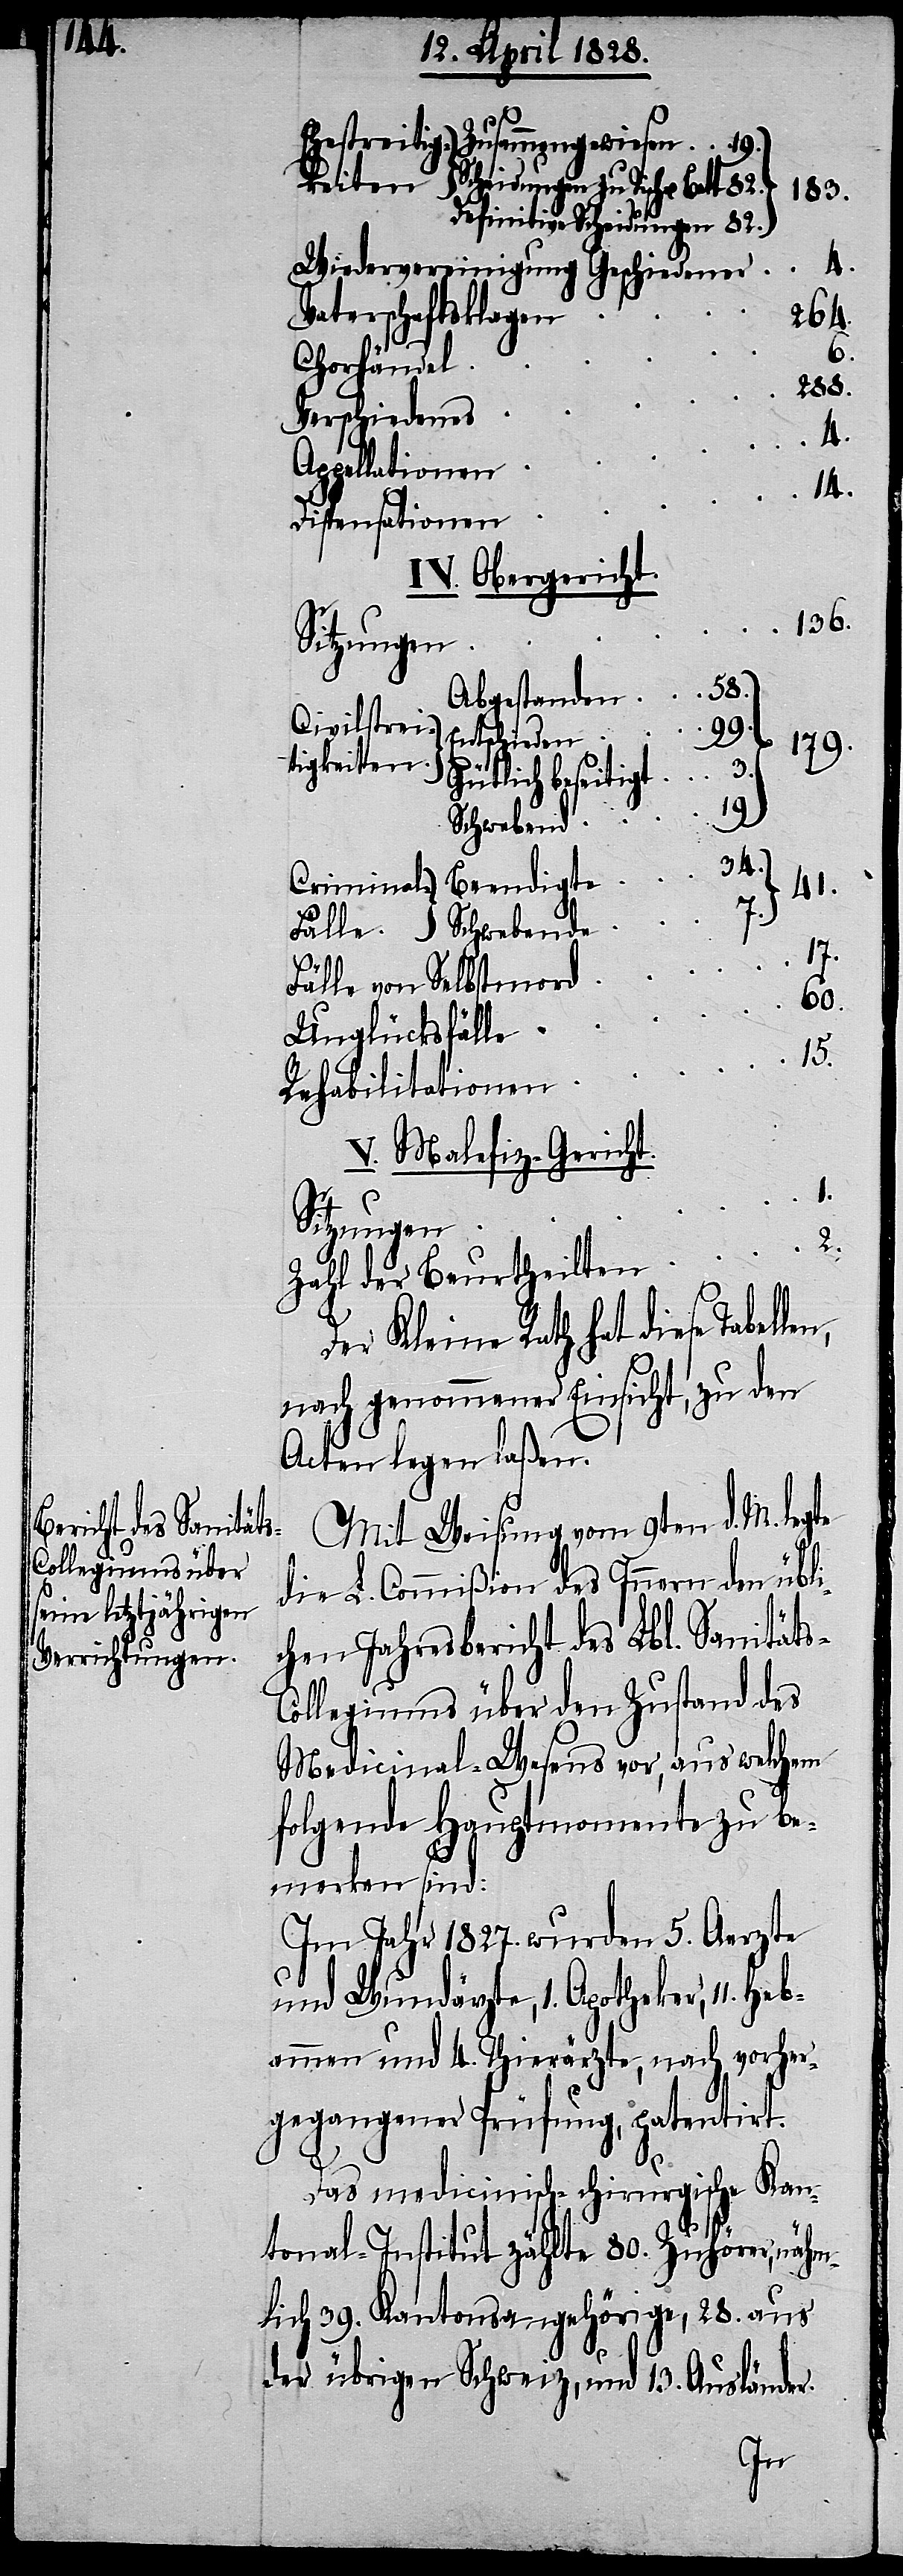
s-C¬
Mit Weisung vom 9ten d. M. legte
die L. Commißion des Innern den übli¬
chen Jahresbericht des Lbl. Sanität¬
ollegiums über den Zustand des
Medicinal-Wesens vor, aus welchem
folgende Hauptmomente zu be¬
merken sind:
Im Jahr 1827. wurden 5. Aerzte
und Wundärzte, 1. Apotheker, 11. Heb¬
ammen und 4. Thierärzte, nach vorher¬
gegangener Prüfung, patentirt.
Das medicinisch-chirurgische Kan¬
tonal-Institut zählte 80. Zuhörer, nähm¬
lich 39. Kantonsangehörige, 28. aus
der übrigen Schweiz, und 13. Ausländer.